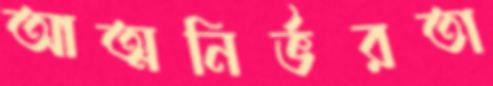
আত্মনির্ভরতা